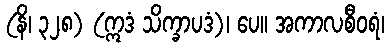
(နိ၊ ၃၂၈) (ဣဒံ သိက္ခာပဒံ)၊ ပေ။ အကာလစီဝရံ၊